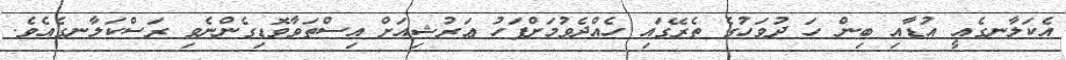
އެކަލާނގެއީ އުޑާއި ބިން ހަ ދުވަހުގެ ތެރޭގައި ހެއްދެވުމަށްފަހު ޢަރުޝިއަށް އިސްތަވާވޮޑިގެންނެވި ރަސްކަލާނގެއެވެ.